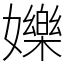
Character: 㜰